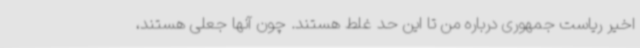
اخیر ریاست جمهوری درباره من تا این حد غلط هستند. چون آنها جعلی هستند،